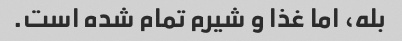
بله، اما غذا و شیرم تمام شده است.